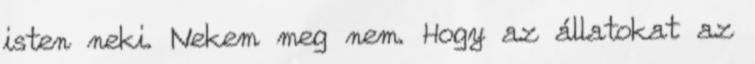
isten neki. Nekem meg nem. Hogy az állatokat az